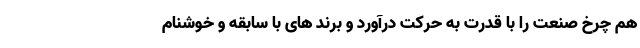
هم چرخ صنعت را با قدرت به حرکت درآورد و برند های با سابقه و خوشنام